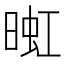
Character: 𬁅